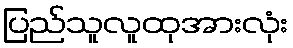
ပြည်သူလူထုအားလုံး